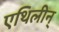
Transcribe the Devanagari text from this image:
एथिलीन्‌